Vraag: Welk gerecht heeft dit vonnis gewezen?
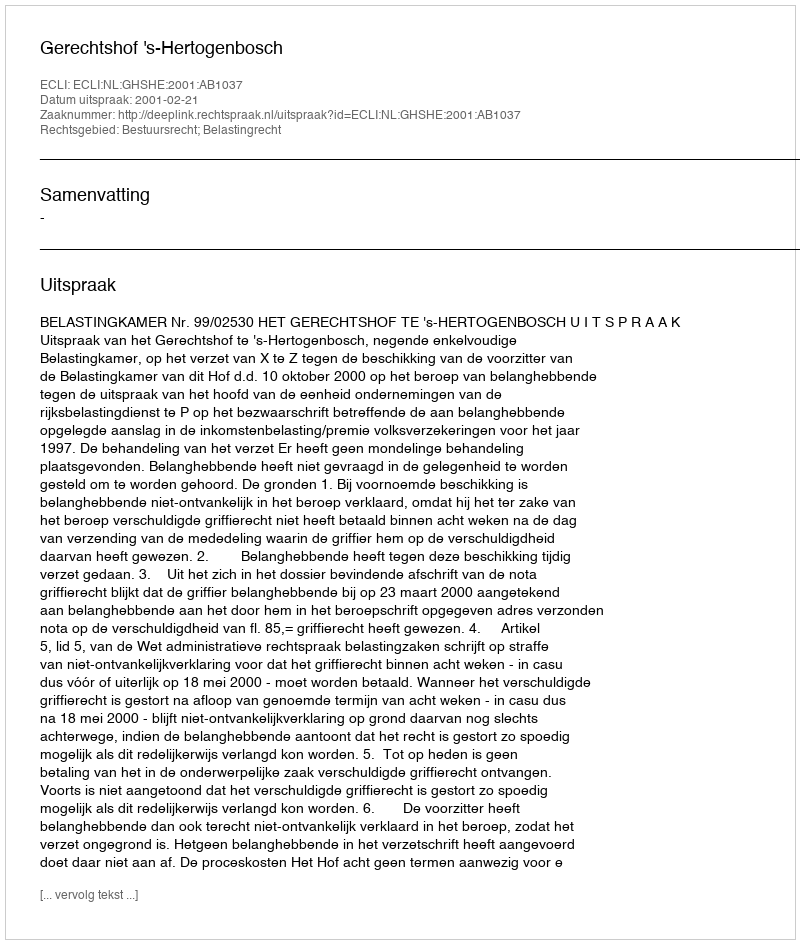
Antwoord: Gerechtshof 's-Hertogenbosch